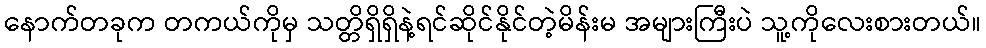
နောက်တခုက တကယ်ကိုမှ သတ္တိရှိရှိနဲ့ရင်ဆိုင်နိုင်တဲ့မိန်းမ အများကြီးပဲ သူ့ကိုလေးစားတယ်။